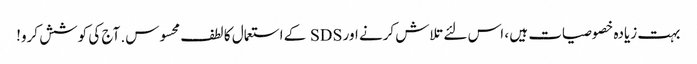
بہت زیادہ خصوصیات ہیں ، اس لئے تلاش کرنے اور SDS کے استعمال کا لطف محسوس. آج کی کوشش کرو!